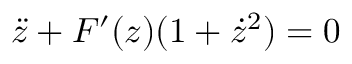
\ddot { z } + F ^ { \prime } ( z ) ( 1 + \dot { z } ^ { 2 } ) = 0